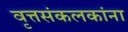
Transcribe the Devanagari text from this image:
वृत्तसंकलकांना